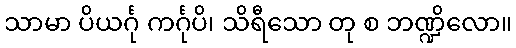
သာမာ ပိယင်္ဂု ကင်္ဂုပိ၊ သိရီသော တု စ ဘဏ္ဍိလော။